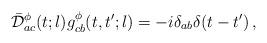
LaTeX: \begin{align*}\bar{\cal D}^{\phi}_{ac}(t;l)g^{\phi}_{cb}(t,t';l)=-i\delta_{ab}\delta(t-t')\,,\end{align*}